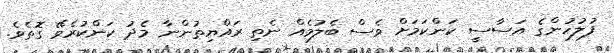
ފުލުހުންގެ އަސާސީ ކަންކަމަށް ވެސް ބެލުމެއް ނެތި ރައްޔިތުންނާ މެދު ކަންކުރެވޭ ގޮތެވެ.